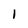
Character: 1